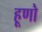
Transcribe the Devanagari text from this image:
हूणो